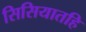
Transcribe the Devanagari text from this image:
सिसियातहि